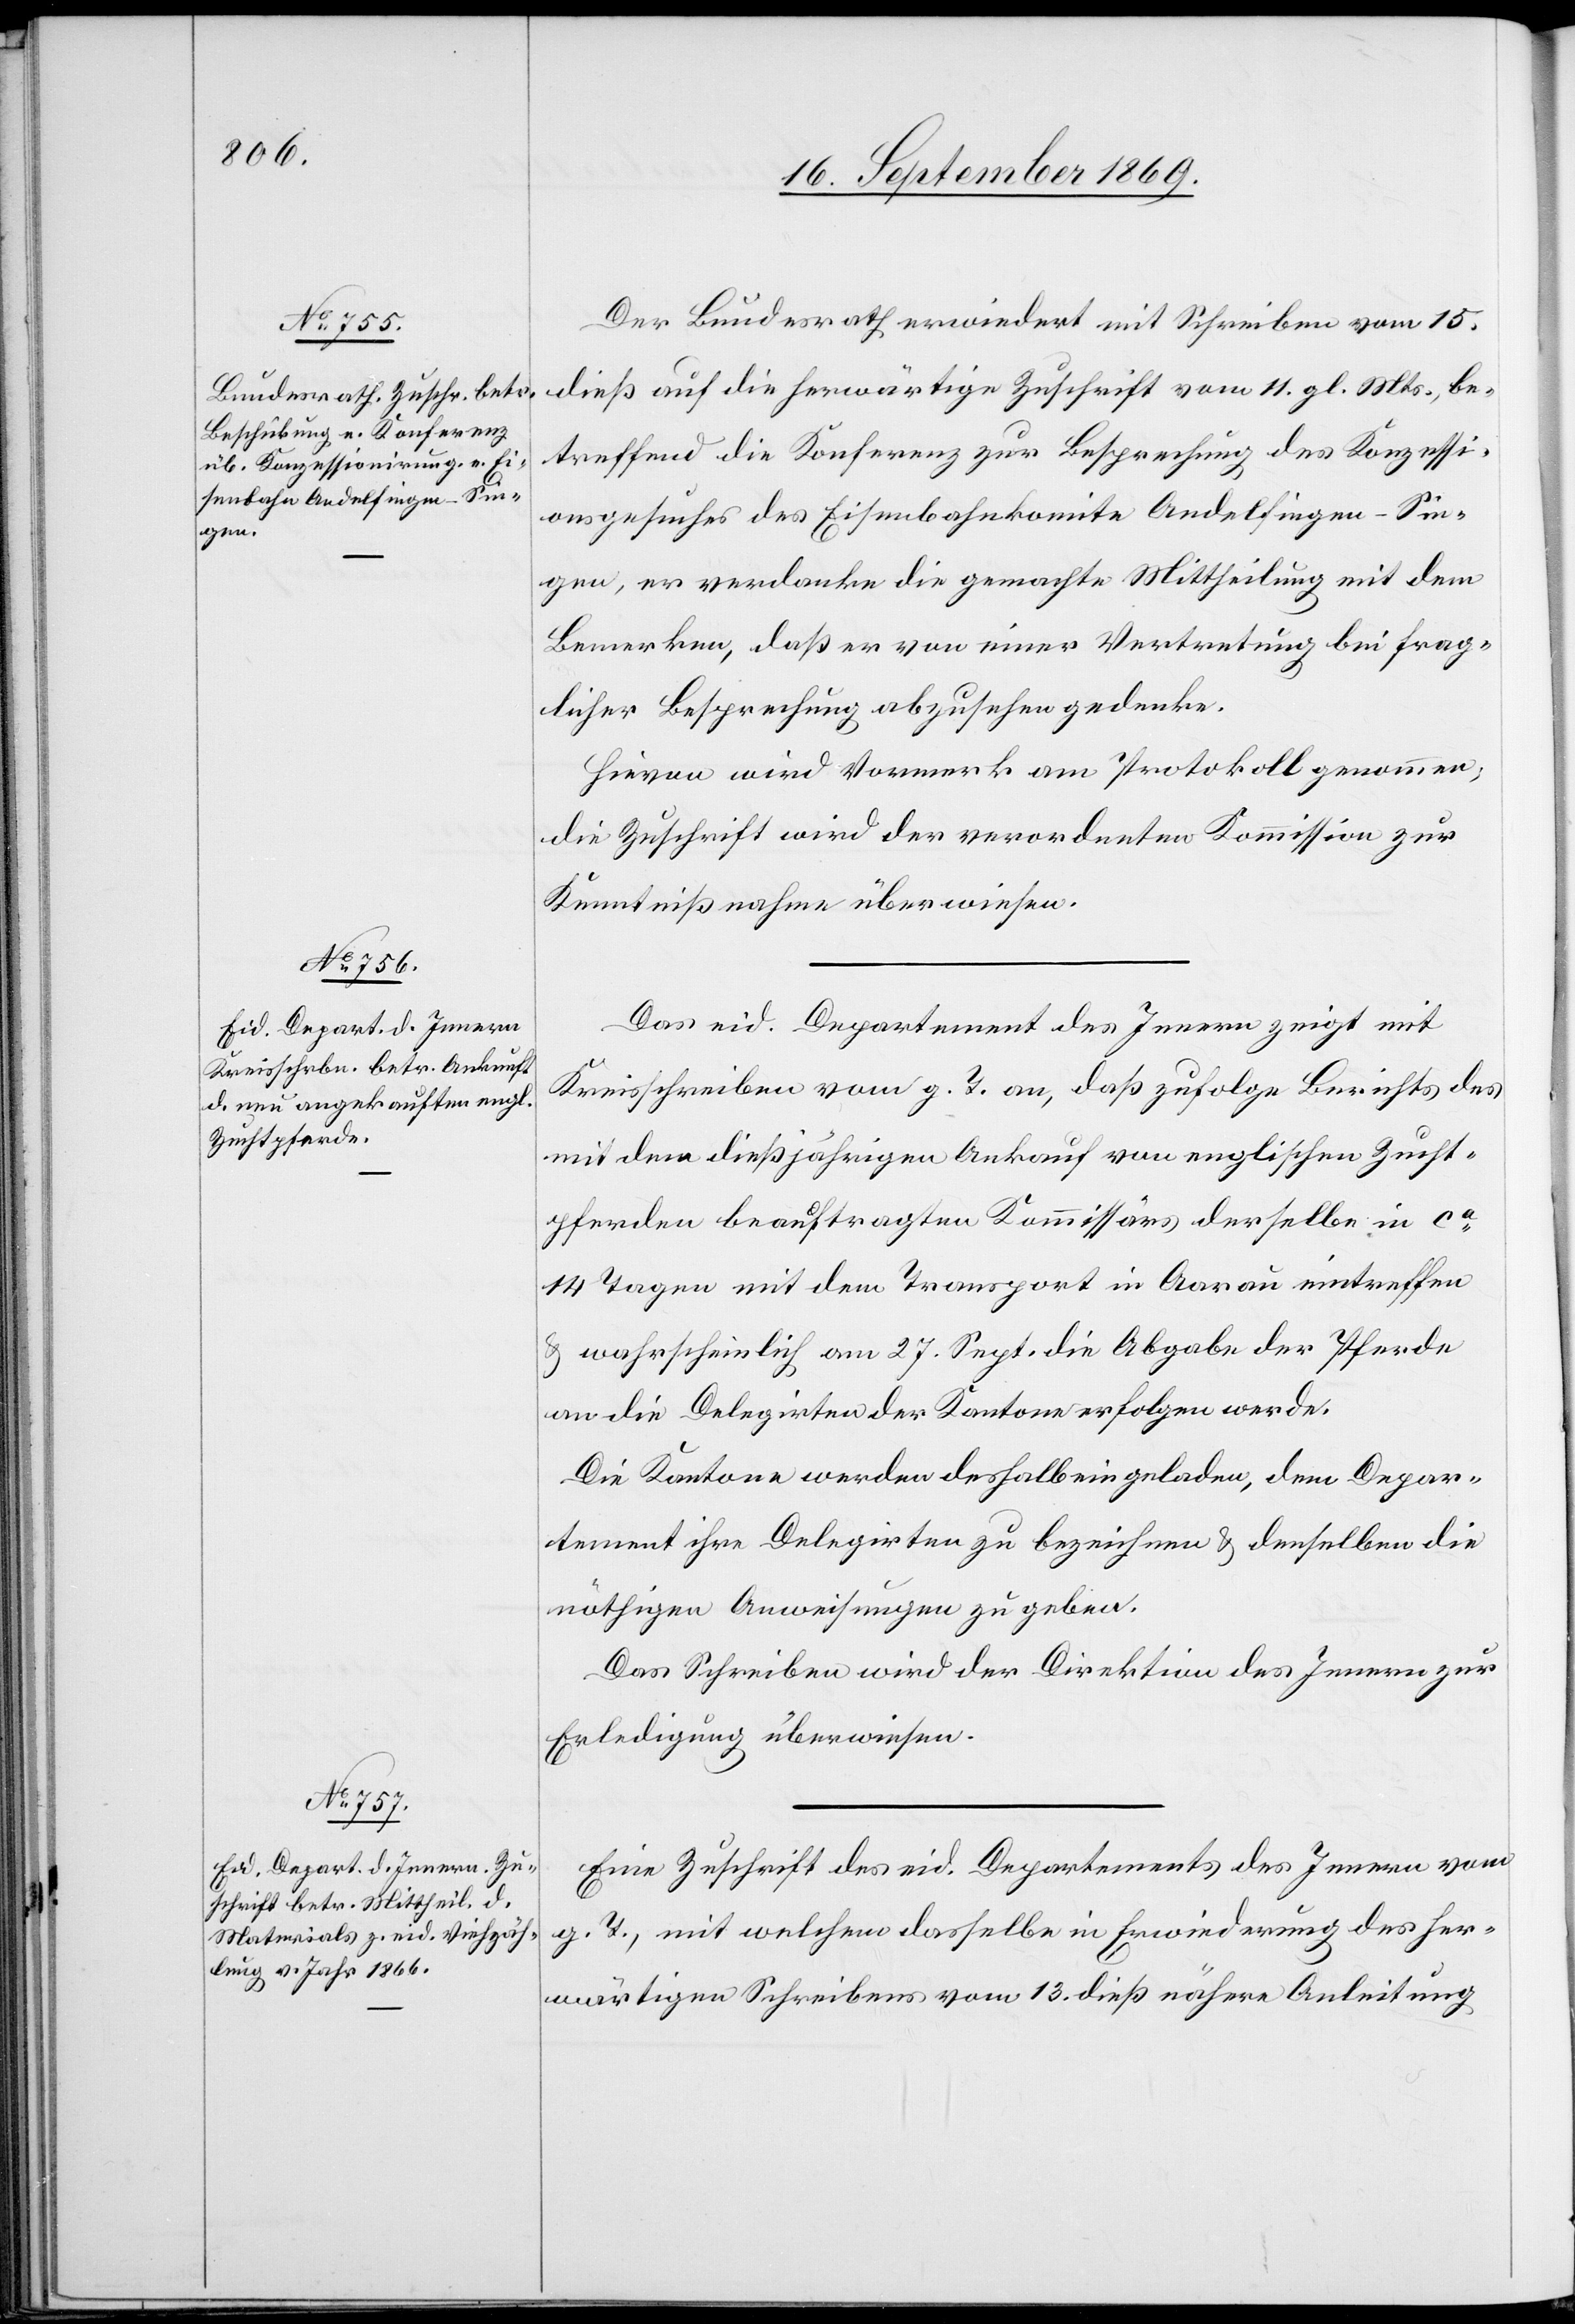
16. September 1869.]
Der Bundesrath erwiedert mit Schreiben vom 15.
dieß auf die herwärtige Zuschrift vom 11. gl. Mts., be¬
treffend die Konferenz zur Besprechung des Konzessi¬
onsgesuches des Eisenbahnkomite Andelfingen–Sin¬
gen, er verdanke die gemachte Mittheilung mit dem
Bemerken, daß er von einer Vertretung bei frag¬
licher Besprechung abzusehen gedenke.
Hievon wird Vormerk am Protokoll genommen;
die Zuschrift wird der verordneten Kommission zur
Kenntnißnahme überwiesen.
Das eid. Departement des Innern zeigt mit
Kreisschreiben vom g. T. an, daß zufolge Berichts des
mit dem dießjährigen Ankauf von englischen Zucht¬
pferden beauftragten Kommissärs derselbe in ca
14 Tagen mit dem Transport in Aarau eintreffen
& wahrscheinlich am 27. Sept. die Abgabe der Pferde
an die Delegirten der Kantone erfolgen werde.
Die Kantone werden deshalb eingeladen, dem Depar¬
tement ihre Delegirten zu bezeichnen & denselben die
nöthigen Anweisungen zu geben.
Das Schreiben wird der Direktion des Innern zur
Erledigung überwiesen.
Eine Zuschrift des eid. Departements des Innern vom
g. T., mit welchem dasselbe in Erwiederung des her¬
wärtigen Schreibens vom 13. dieß nähere Anleitung